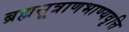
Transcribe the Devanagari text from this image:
ब्रह्मसूत्राणभाण्यवृत्ति